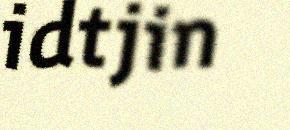
idtjin